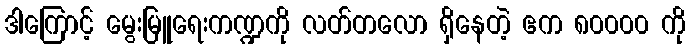
ဒါကြောင့် မွေးမြူရေးကဏ္ဍကို လတ်တလော ရှိနေတဲ့ ဧက ၈၀၀၀၀ ကို